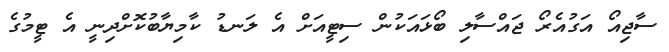
ސާޖިއޯ އަގުއެރޯ ޖައްސާލި ބޯޅައަކުން ސިޓީއަށް އެ ލަނޑު ކާމިޔާބުކޮށްދިނީ އެ ޓީމުގެ